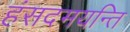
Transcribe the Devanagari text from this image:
हंसदमयन्ति